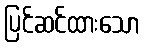
ပြင်ဆင်ထားသော